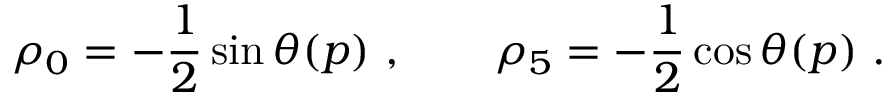
\rho _ { 0 } = - \frac { 1 } { 2 } \sin \theta ( p ) \ , \qquad \rho _ { 5 } = - \frac { 1 } { 2 } \cos \theta ( p ) \ .